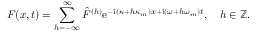
F ( x , t ) = \sum _ { h = - \infty } ^ { \infty } \hat { F } ^ { ( h ) } \mathrm { e } ^ { - \mathrm { i } ( \kappa + h \kappa _ { m } ) x + \mathrm { i } ( \omega + h \omega _ { m } ) t } , \quad h \in \mathbb { Z } .